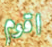
اقوم